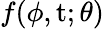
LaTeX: f(\phi,\mathrm{t};{\theta})